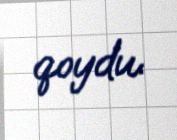
qoydu.